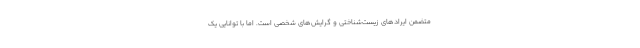
متضمن ایرادهای زیست‌شناختی و گرایش‌های شخصی است. اما با توانایی یک